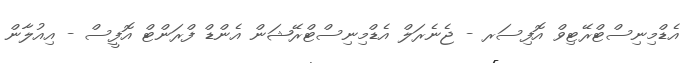
އެޑްމިނިސްޓްރޭޓިވް އޮފިސަރ - ޖެނެރަލް އެޑްމިނިސްޓްރޭޝަން އެންޑް ފްރަންޓް އޮފީސް - އިއުލާން